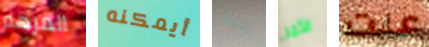
المرهم أيمكنه جدا الأمر عنت